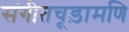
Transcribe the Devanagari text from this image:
संगीतचूड़ामणि